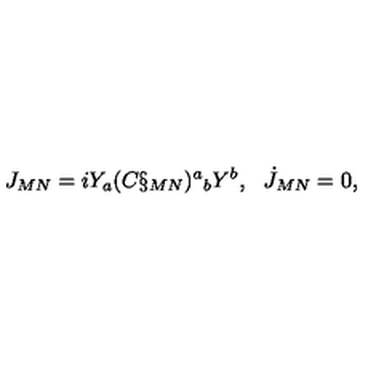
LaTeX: J _ { M N } = i Y _ { a } ( C \S _ { M N } ) ^ { a } { } _ { b } Y ^ { b } , \: \: \: \dot { J } _ { M N } = 0 ,